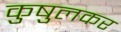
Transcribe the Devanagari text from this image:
कुषुलकर